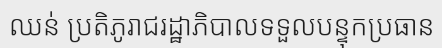
ឈន់ ប្រតិភូរាជរដ្ឋាភិបាលទទួលបន្ទុកប្រធាន